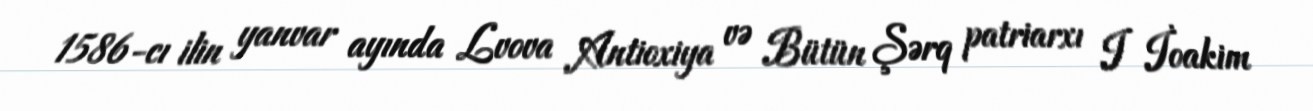
1586-cı ilin yanvar ayında Lvova Antioxiya və Bütün Şərq patriarxı I İoakim